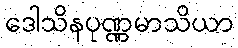
ဒေါသိနပုဏ္ဏမာသိယာ